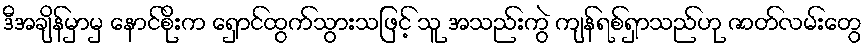
ဒီအချိန်မှာမှ နောင်စိုးက ရှောင်ထွက်သွားသဖြင့် သူ အသည်းကွဲ ကျန်ရစ်ရှာသည်ဟု ဇာတ်လမ်းတွေ